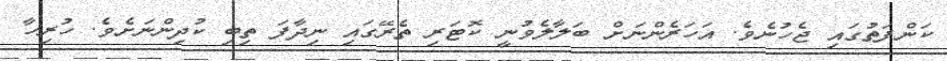
ކަންފަތުގައި ޖެހުނެވެ. އަހަރެންނަށް ބަލާލެވުނީ ކޮޓަރި ތެރޭގައި ނިދާފަ ތިބި ކުދިންނަށެވެ. ހުރިހާ